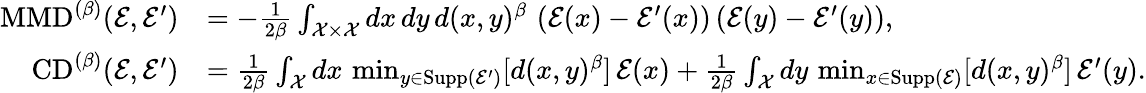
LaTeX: \begin{array}{rl}{\mathrm{MMD}^{(\beta)}(\mathcal{E},\mathcal{E}^{\prime})}&{=-\frac{1}{2\beta}\int_{\mathcal{X}\times\mathcal{X}}dx\, dy\, d(x,y)^{\beta}\, \left(\mathcal{E}(x)-\mathcal{E}^{\prime}(x)\right)\left(\mathcal{E}(y)-\mathcal{E}^{\prime}(y)\right),}\\ {\mathrm{CD}^{(\beta)}(\mathcal{E},\mathcal{E}^{\prime})}&{=\frac{1}{2\beta}\int_{\mathcal{X}}dx\, \operatorname*{min}_{y\in\mathrm{Supp}(\mathcal{E}^{\prime})}[d(x,y)^{\beta}]\, \mathcal{E}(x)+\frac{1}{2\beta}\int_{\mathcal{X}}dy\, \operatorname*{min}_{x\in\mathrm{Supp}(\mathcal{E})}[d(x,y)^{\beta}]\, \mathcal{E}^{\prime}(y).}\end{array}